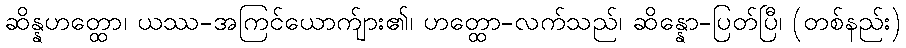
ဆိန္နဟတ္ထော၊ ယဿ-အကြင်ယောက်ျား၏၊ ဟတ္ထော-လက်သည်၊ ဆိန္နော-ပြတ်ပြီ၊ (တစ်နည်း)